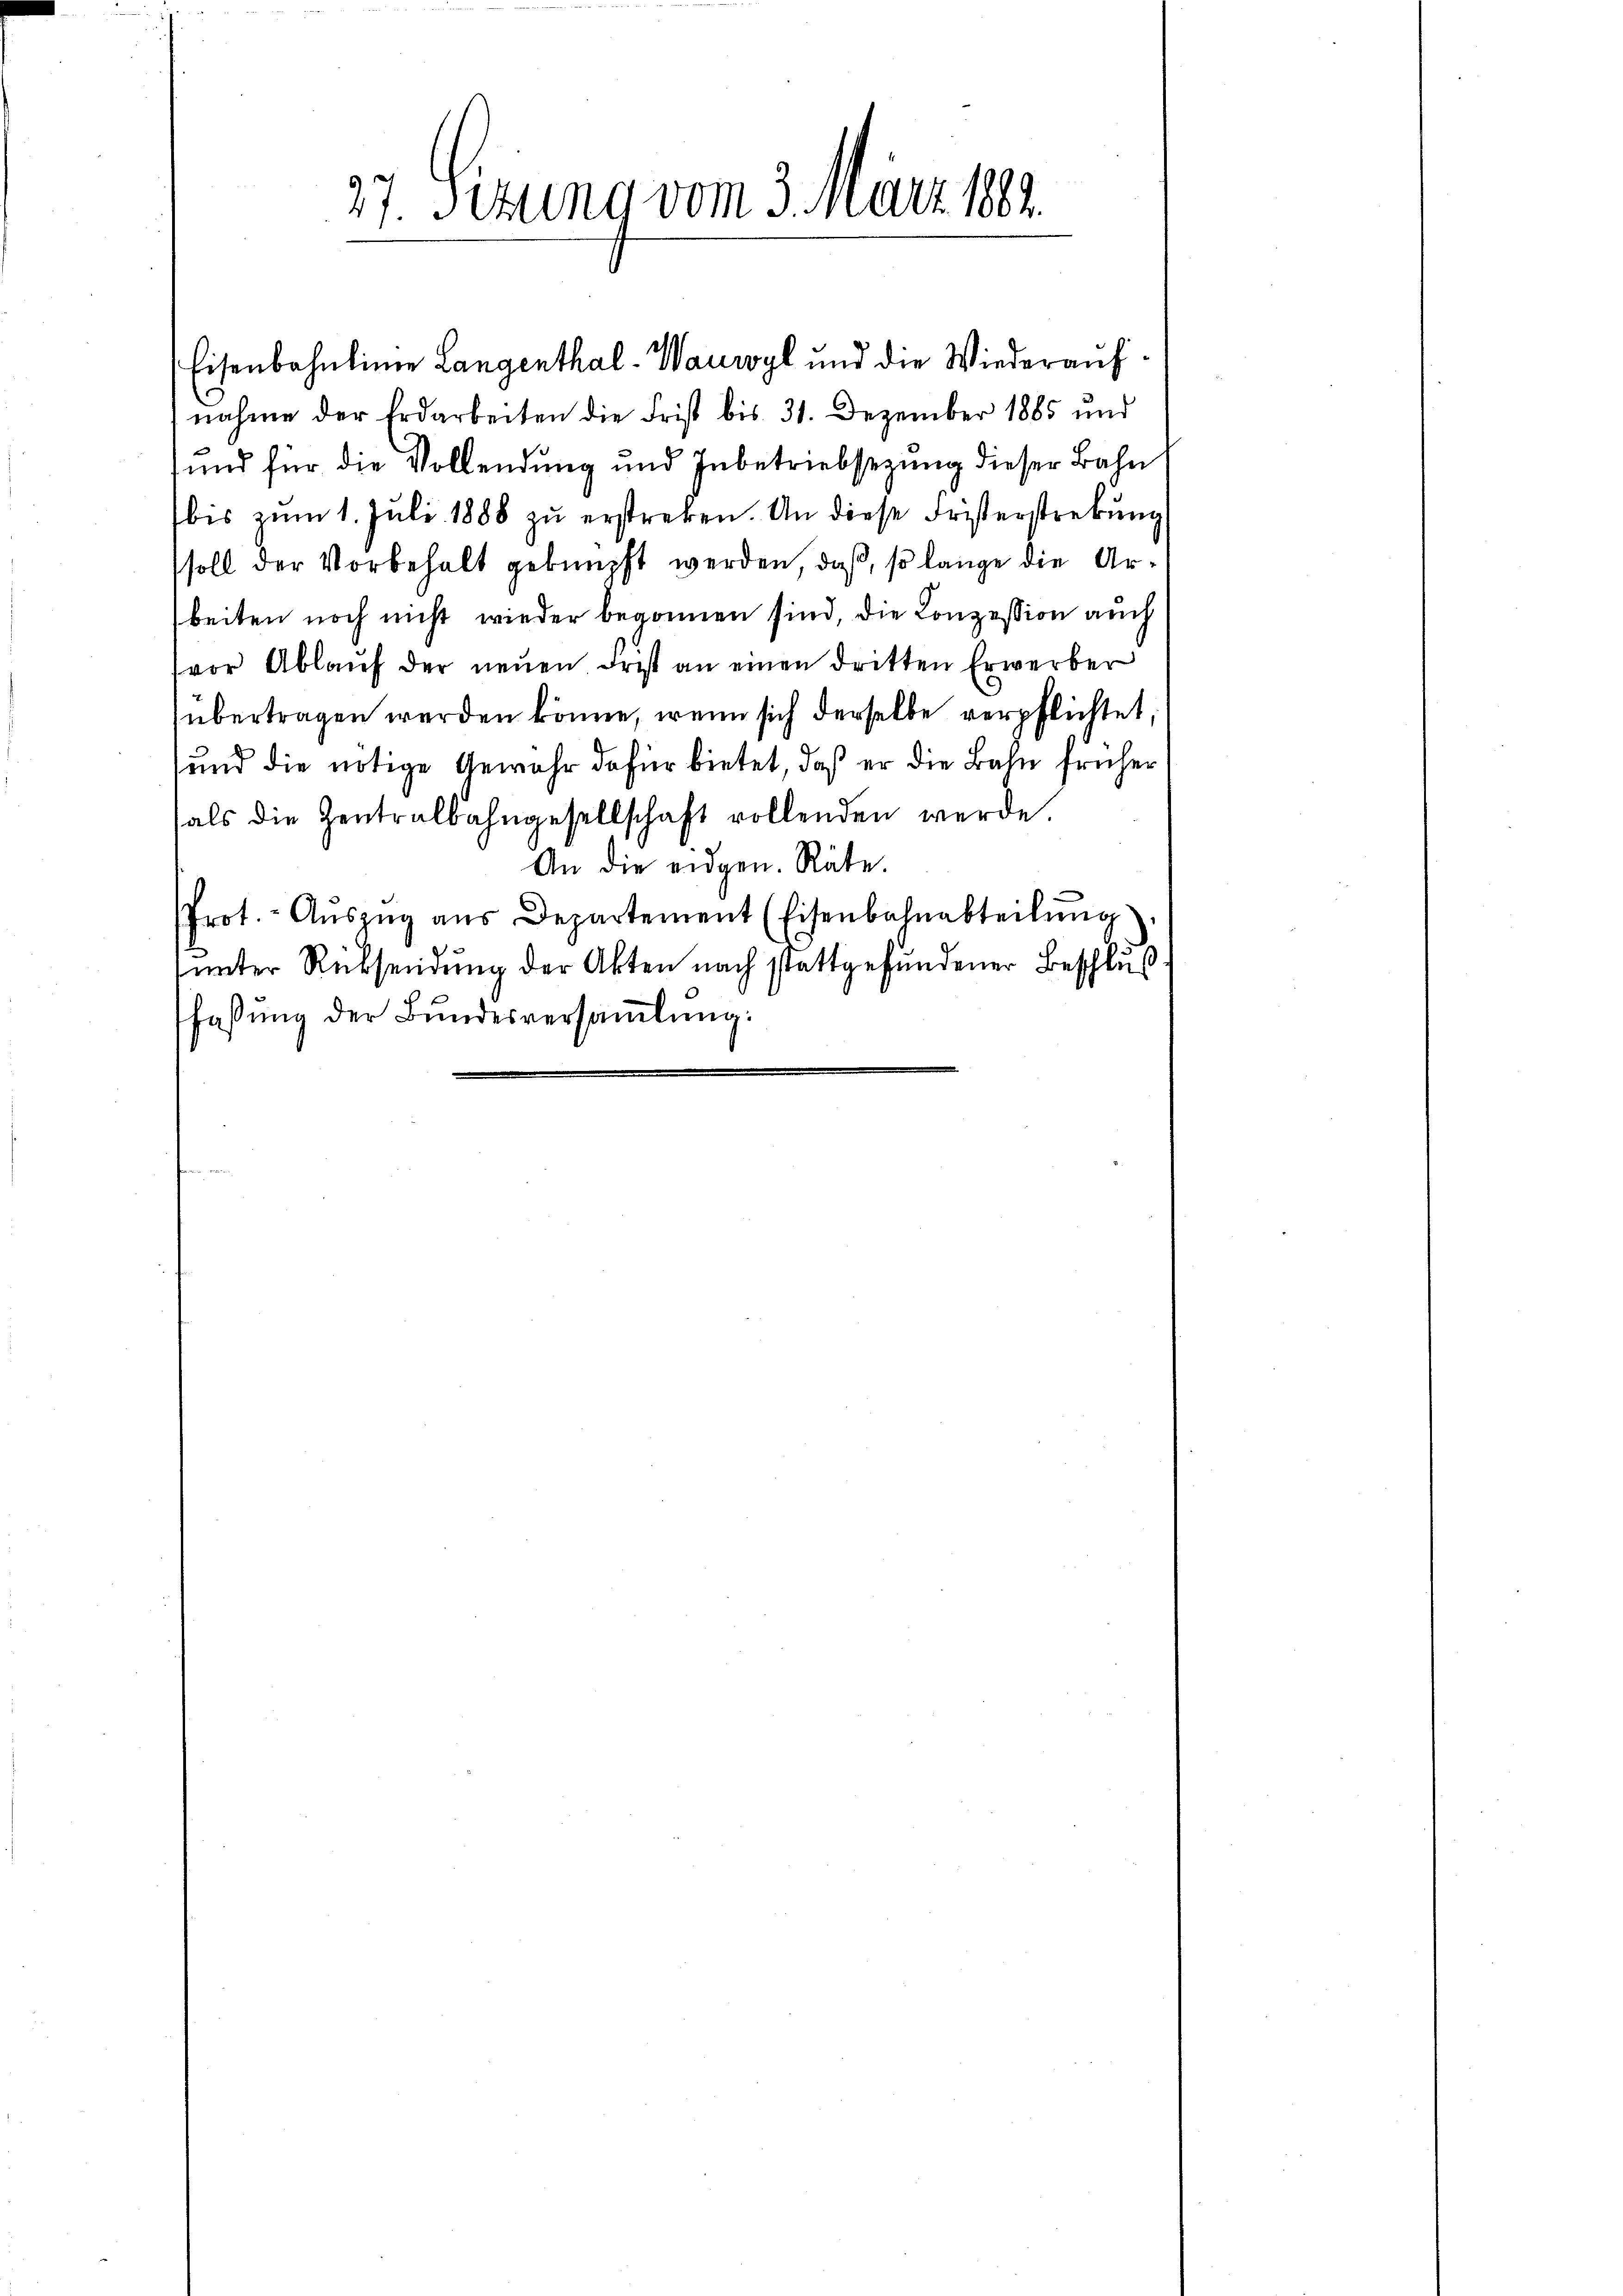
Eisenbahnlinie Langenthal-Wauwyl und die Wiederaufnahme der Erdarbeiten die Frist bis 31. Dezember 1885 und
und für die Vollendung und Inbetriebsezung dieser Bahn
bis zum 1. Juli 1888 zu erstreken. An diese Fristerstrebung
soll der Vorbehalt geknüpft werden, daß, so lange die Arbeiten noch nicht wieder begonnen sind, die Conzession auch
vor Ablaŭf der neŭen Frist an einen dritten Erwerber
übertragen werden könne, wenn sich derselbe verpflichtet,
und die nötige Gewahr dafür bietet, daß er die Bahn früher
hals die Zentralbahngesellschaft vollenden werde.
An die eidgen. Räte.
Prot. - Aŭszŭg aŭs Departement (Eisenbahnabteilŭng
unter Rücksendung der Akten nach stattgefundener Beschluß
faßung der Bundesversammlung:

27. Setung vom 3. März 1882.